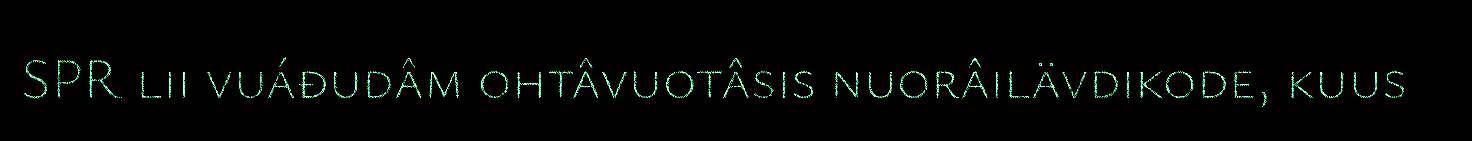
SPR lii vuáđudâm ohtâvuotâsis nuorâilävdikode, kuus